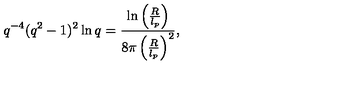
q ^ { - 4 } ( q ^ { 2 } - 1 ) ^ { 2 } \ln q = \frac { \ln \left( \frac { R } { l _ { p } } \right) } { 8 \pi \left( \frac { R } { l _ { p } } \right) ^ { 2 } } ,